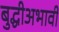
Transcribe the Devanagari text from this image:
बुद्धीअभावी